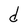
Character: d